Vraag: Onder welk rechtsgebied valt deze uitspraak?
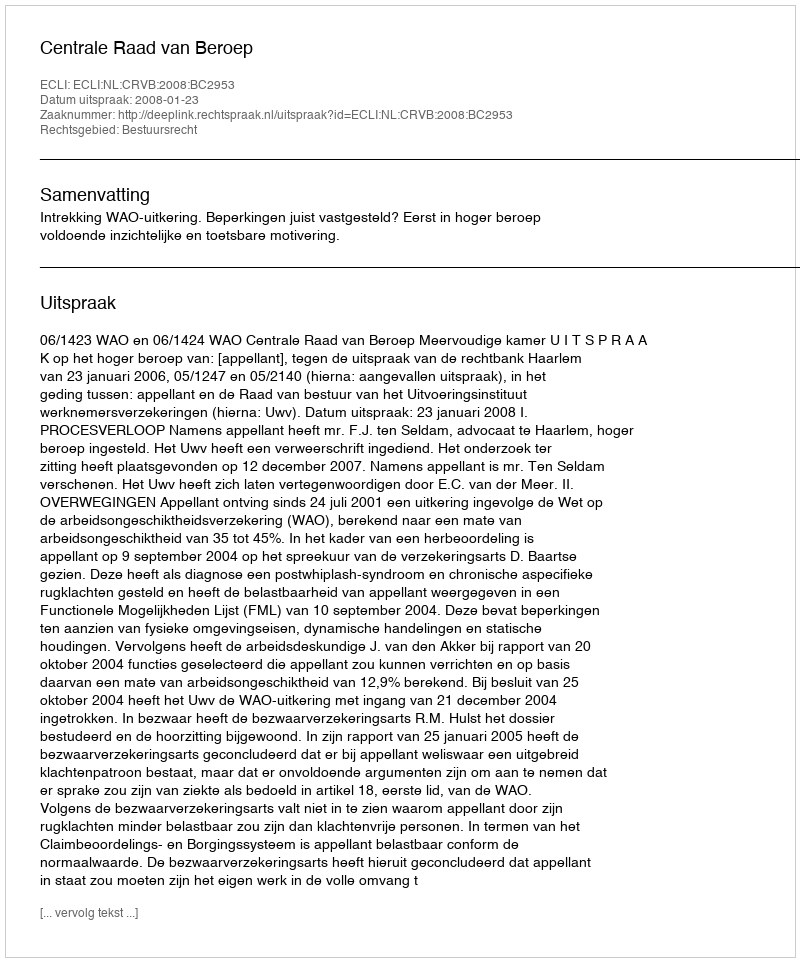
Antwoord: Bestuursrecht